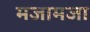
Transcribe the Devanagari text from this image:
मजामजा